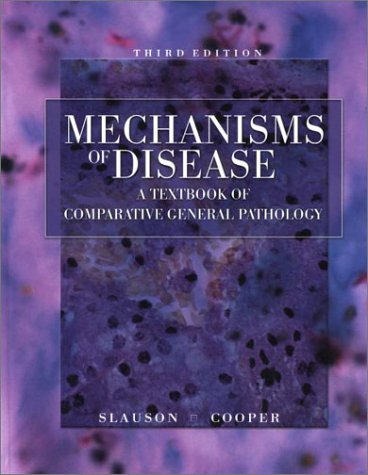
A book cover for Mechanisms of Disease A Textbook of Comparative General Pathology; David O. Slauson DVM  PhD; Medical Books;